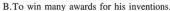
B. To win many awards for his inventinns.